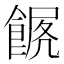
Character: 𩜧